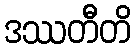
ဒဿတီတိ